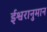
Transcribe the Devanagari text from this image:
ईश्वरानुमान